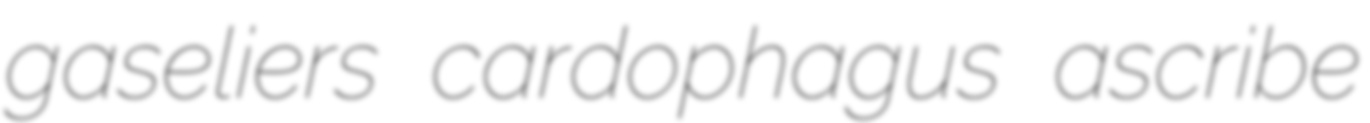
gaseliers cardophagus ascribe